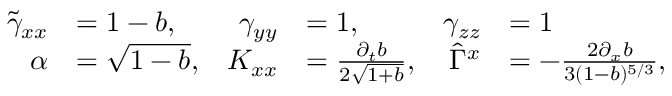
\begin{array} { r l r l r l } { \tilde { \gamma } _ { x x } } & { = 1 - b , } & { \gamma _ { y y } } & { = 1 , } & { \gamma _ { z z } } & { = 1 } \\ { \alpha } & { = \sqrt { 1 - b } , } & { K _ { x x } } & { = \frac { \partial _ { t } b } { 2 \sqrt { 1 + b } } , } & { \hat { \Gamma } ^ { x } } & { = - \frac { 2 \partial _ { x } b } { 3 ( 1 - b ) ^ { 5 / 3 } } , } \end{array}